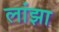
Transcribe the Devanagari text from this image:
लांझा